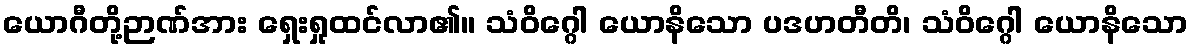
ယောဂီတို့ဉာဏ်အား ရှေးရှုထင်လာ၏။ သံဝိဂ္ဂေါ ယောနိသော ပဒဟတီတိ၊ သံဝိဂ္ဂေါ ယောနိသော